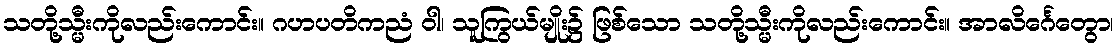
သတို့သ္မီးကိုလည်းကောင်း။ ဂဟပတိကညံ ဝါ၊ သူကြွယ်မျိုး၌ ဖြစ်သော သတို့သ္မီးကိုလည်းကောင်း။ အာလိင်္ဂေတွော၊